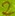
Text: 2